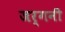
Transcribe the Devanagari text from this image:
जर्गनी